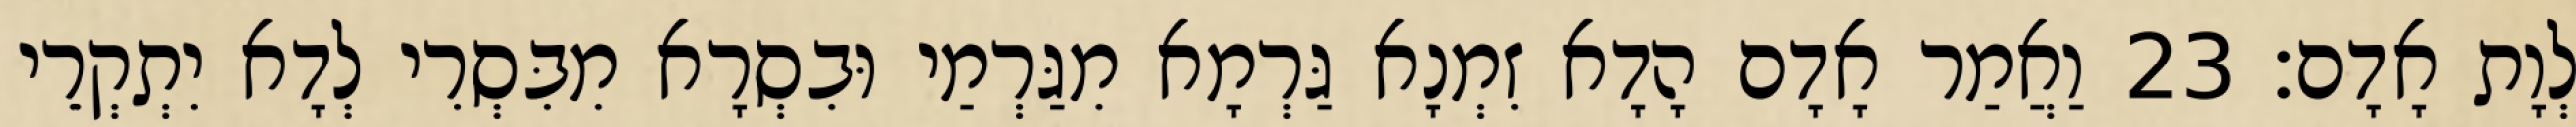
לְוָת אָדָם׃ 23 וַאֲמַר אָדָם הָדָא זִמְנָא גַּרְמָא מִגַּרְמַי וּבִסְרָא מִבִּסְרִי לְדָא יִתְקְרֵי